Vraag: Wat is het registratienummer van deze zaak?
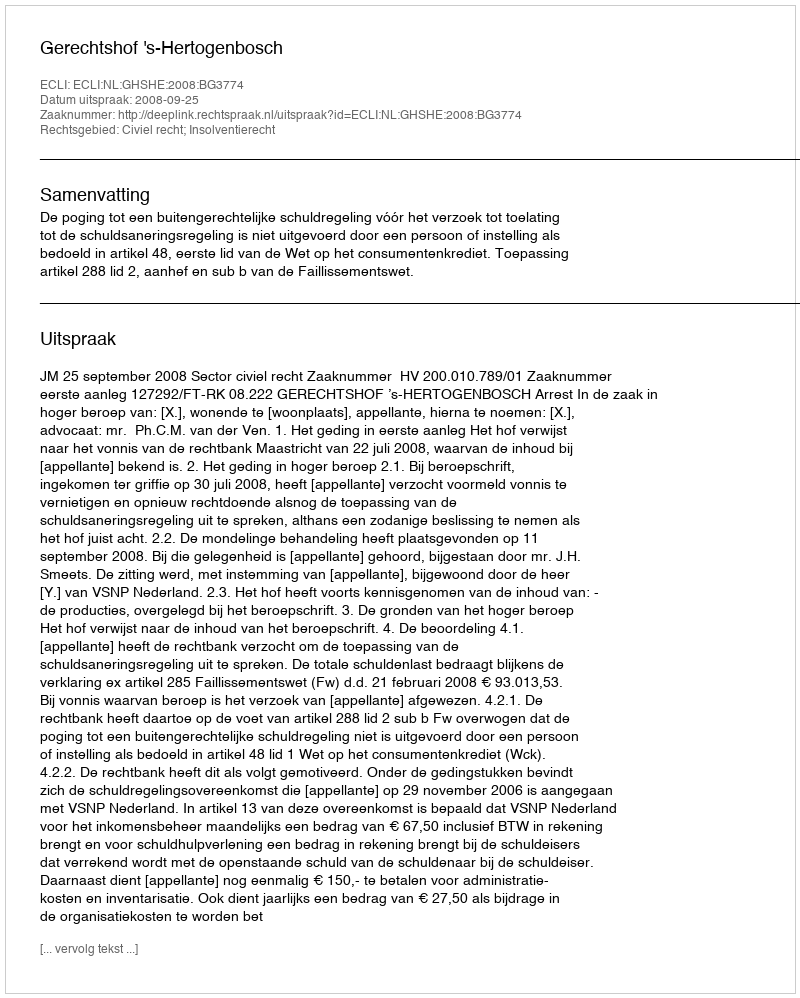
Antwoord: http://deeplink.rechtspraak.nl/uitspraak?id=ECLI:NL:GHSHE:2008:BG3774